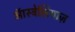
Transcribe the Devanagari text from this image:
ऑस्ट्रेलियाज़